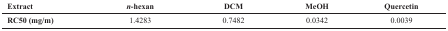
<table><thead><tr><td><b>Extract</b></td><td><b><i>n</i>-hexan</b></td><td><b>DCM</b></td><td><b>MeOH</b></td><td><b>Quercetin</b></td></tr></thead><tbody><tr><td><b>RC50 (mg/m)</b></td><td>1.4283</td><td>0.7482</td><td>0.0342</td><td>0.0039</td></tr></tbody></table>